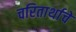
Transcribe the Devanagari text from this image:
चरितार्थाचे